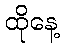
ထိုနေ့